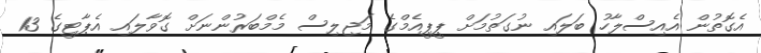
އެގޮތުން އެއިސްލާހު ބަލައި ނުގަތުމަށް ޕީޕީއެމްގެ މަޖިލިސް މެމްބަރުންނަށް ގޮވާލައި އެޕާޓީގެ 13